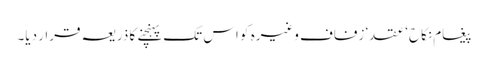
پیغام نکاح‘ عقد‘ زفاف وغیرہ کو اس تک پہنچنے کا ذریعہ قرار دیا۔